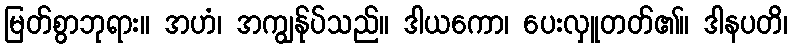
မြတ်စွာဘုရား။ အဟံ၊ အကျွန်ုပ်သည်။ ဒါယကော၊ ပေးလှူတတ်၏။ ဒါနပတိ၊